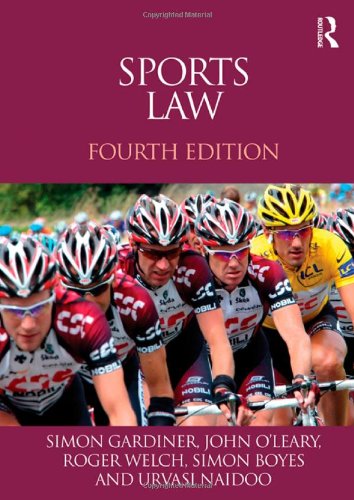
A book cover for Sports Law; Simon Gardiner; Law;